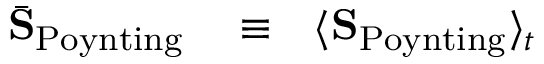
\begin{array} { r l r } { \bar { \bf S } _ { \mathrm { P o y n t i n g } } } & { { } \equiv } & { \langle { \bf S } _ { \mathrm { P o y n t i n g } } \rangle _ { t } } \end{array}